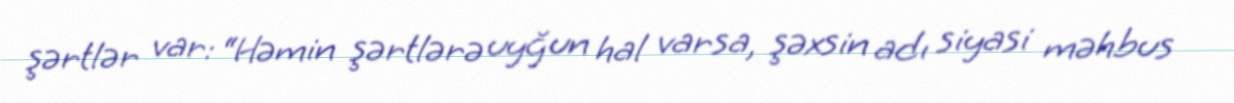
şərtlər var: “Həmin şərtlərə uyğun hal varsa, şəxsin adı siyasi məhbus